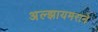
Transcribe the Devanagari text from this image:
अल्झायमराने